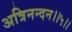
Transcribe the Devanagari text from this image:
अत्रिनन्‍दन।।५।।